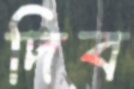
দিব